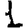
Digit: 1